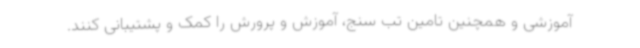
آموزشی و همچنین تامین تب سنج، آموزش و پرورش را کمک و پشتیبانی کنند.